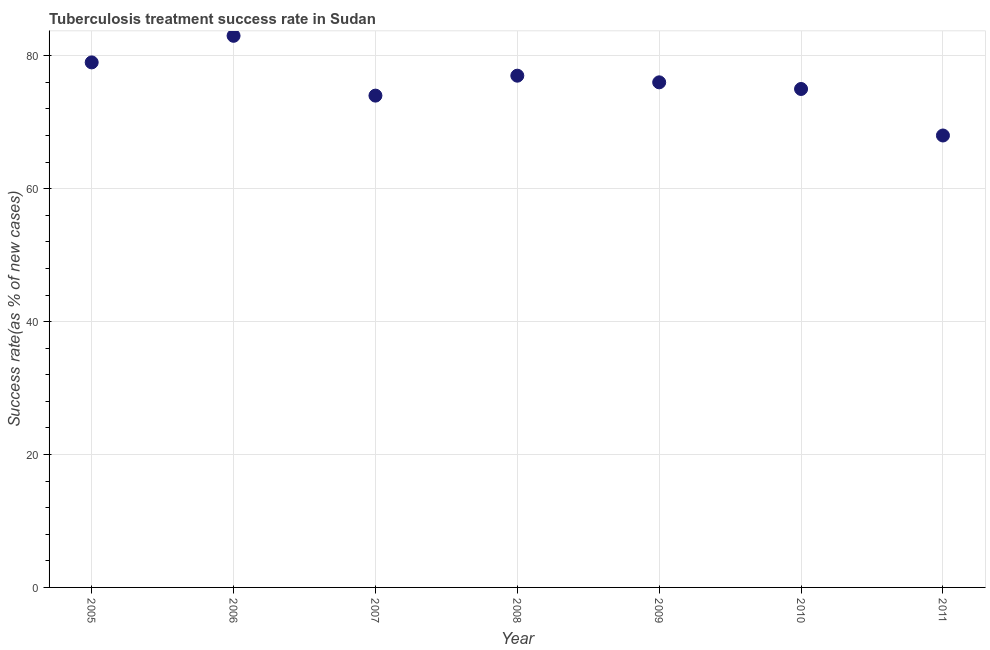
| Year | Tuberculosis treatment success rate |
 | --- | --- |
 | 2005 | 79 |
 | 2006 | 83 |
 | 2007 | 74 |
 | 2008 | 77 |
 | 2009 | 76 |
 | 2010 | 75 |
 | 2011 | 68 |